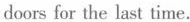
doorsfor the last time.